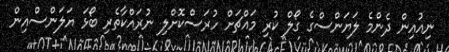
ނިއުއިން ދެންމެ ލަޔަންސްގެ ގޯލް ކުރި މައްޗަށް ހުރަސްކޮށްލި ނުރައްކާތެރި ބޯޅަ ޔަލަންސްއިން